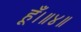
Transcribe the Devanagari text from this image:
हूँ।॥४॥